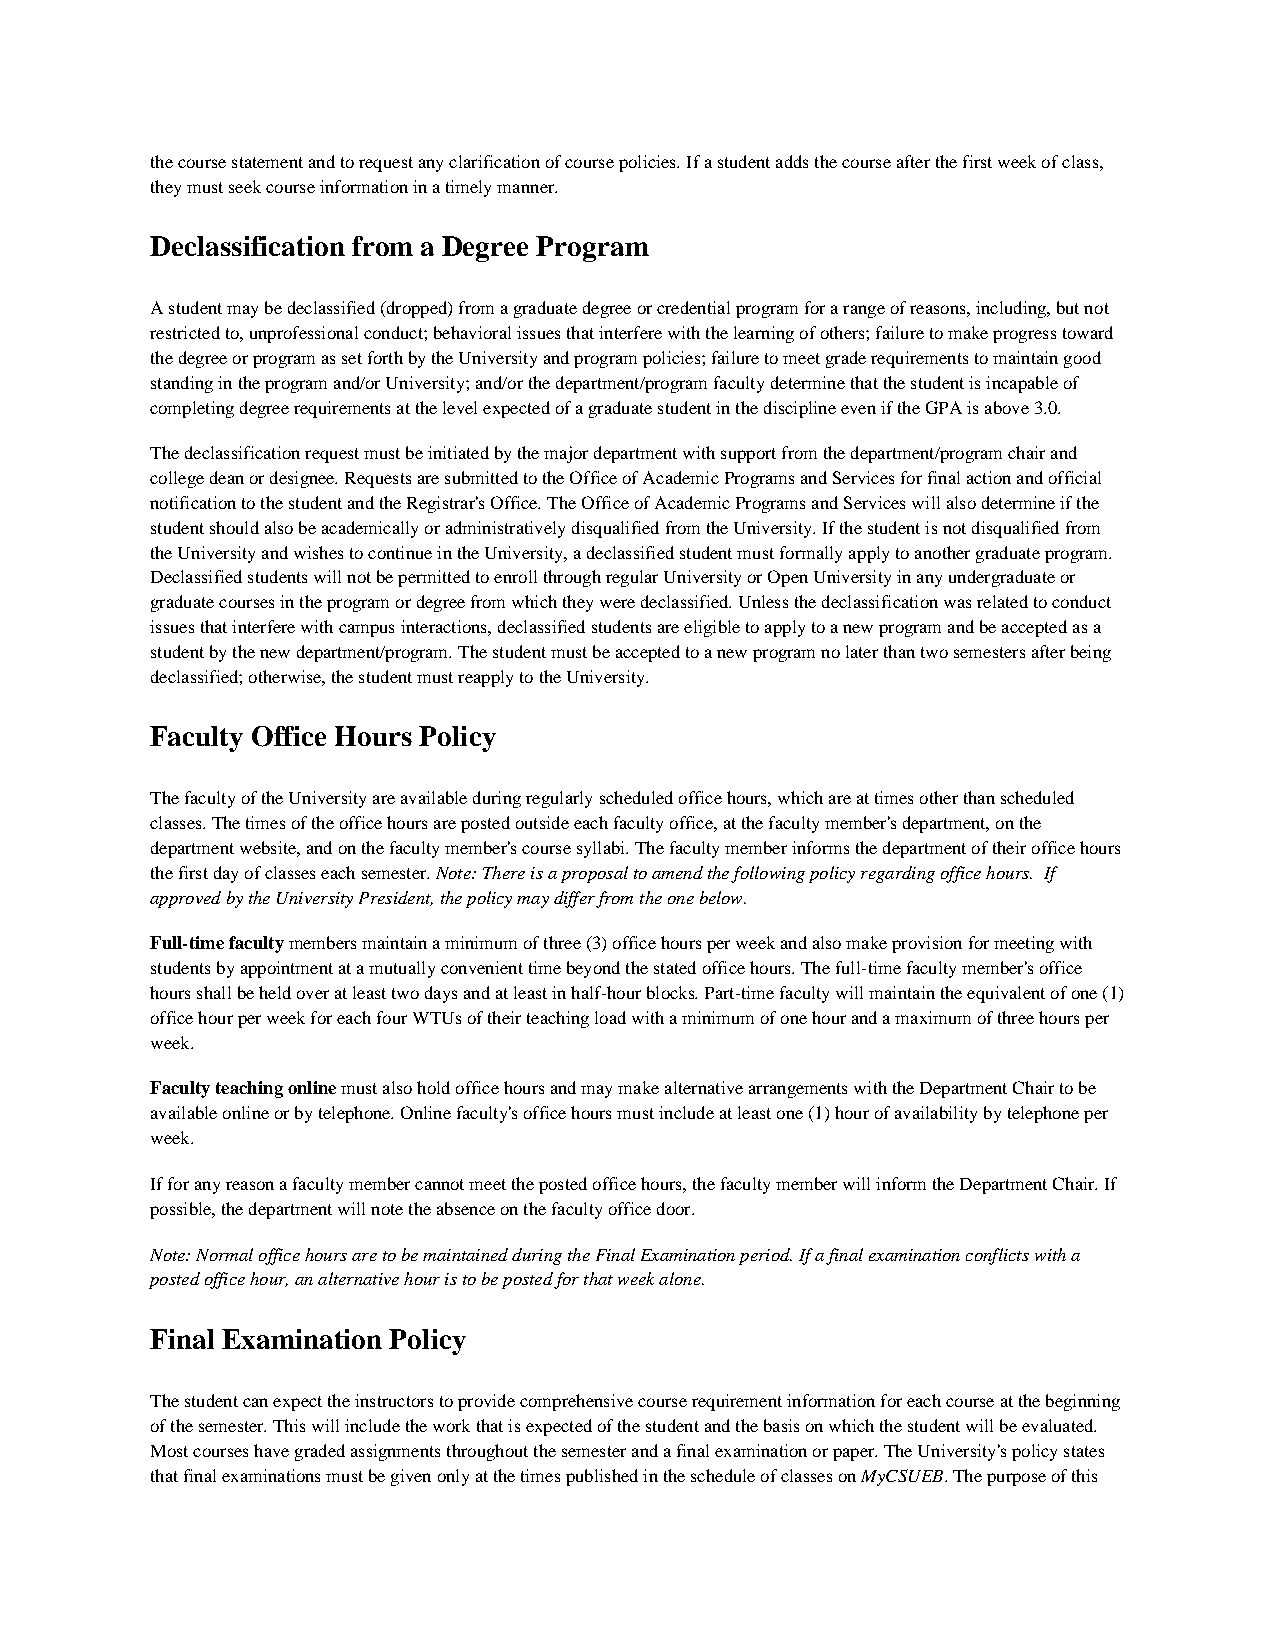
the course statement and to request any clarification of course policies. If a student adds the course after the first week of class,
 they must seek course information in a timely manner.
 Declassification from a Degree Program
 A student may be declassified (dropped) from a graduate degree or credential program for a range of reasons, including, but not
 restricted to, unprofessional conduct; behavioral issues that interfere with the learning of others; failure to make progress toward
 the degree or program as set forth by the University and program policies; failure to meet grade requirements to maintain good
 standing in the program and/or University; and/or the department/program faculty determine that the student is incapable of
 completing degree requirements at the level expected of a graduate student in the discipline even if the GPA is above 3.0.
 The declassification request must be initiated by the major department with support from the department/program chair and
 college dean or designee. Requests are submitted to the Office of Academic Programs and Services for final action and official
 notification to the student and the Registrar's Office. The Office of Academic Programs and Services will also determine if the
 student should also be academically or administratively disqualified from the University. If the student is not disqualified from
 the University and wishes to continue in the University, a declassified student must formally apply to another graduate program.
 Declassified students will not be permitted to enroll through regular University or Open University in any undergraduate or
 graduate courses in the program or degree from which they were declassified. Unless the declassification was related to conduct
 issues that interfere with campus interactions, declassified students are eligible to apply to a new program and be accepted as a
 student by the new department/program. The student must be accepted to a new program no later than two semesters after being
 declassified; otherwise, the student must reapply to the University.
 Faculty Office Hours Policy
 The faculty of the University are available during regularly scheduled office hours, which are at times other than scheduled
 classes. The times of the office hours are posted outside each faculty office, at the faculty member's department, on the
 department website, and on the faculty member's course syllabi. The faculty member informs the department of their office hours
 the first day of classes each semester. Note: There is a proposal to amend the following policy regarding office hours. If
 approved by the University President, the policy may differ from the one below.
 Full-time faculty members maintain a minimum of three (3) office hours per week and also make provision for meeting with
 students by appointment at a mutually convenient time beyond the stated office hours. The full-time faculty member's office
 hours shall be held over at least two days and at least in half-hour blocks. Part-time faculty will maintain the equivalent of one (1)
 office hour per week for each four WTUs of their teaching load with a minimum of one hour and a maximum of three hours per
 week.
 Faculty teaching online must also hold office hours and may make alternative arrangements with the Department Chair to be
 available online or by telephone. Online faculty's office hours must include at least one (1) hour of availability by telephone per
 week.
 If for any reason a faculty member cannot meet the posted office hours, the faculty member will inform the Department Chair. If
 possible, the department will note the absence on the faculty office door.
 Note: Normal office hours are to be maintained during the Final Examination period. If a final examination conflicts with a
 posted office hour, an alternative hour is to be posted for that week alone.
 Final Examination Policy
 The student can expect the instructors to provide comprehensive course requirement information for each course at the beginning
 of the semester. This will include the work that is expected of the student and the basis on which the student will be evaluated.
 Most courses have graded assignments throughout the semester and a final examination or paper. The University's policy states
 that final examinations must be given only at the times published in the schedule of classes on MyCSUEB. The purpose of this